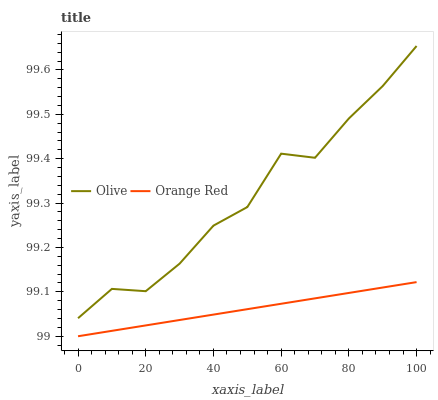
| xaxis_label | Olive | Orange Red |
 | --- | --- | --- |
 | 0 | 99 | 99 |
 | 10 | 99.1 | 99 |
 | 20 | 99.1 | 99 |
 | 30 | 99.2 | 99 |
 | 40 | 99.2 | 99 |
 | 50 | 99.3 | 99.1 |
 | 60 | 99.4 | 99.1 |
 | 70 | 99.4 | 99.1 |
 | 80 | 99.5 | 99.1 |
 | 90 | 99.6 | 99.1 |
 | 100 | 99.7 | 99.1 |